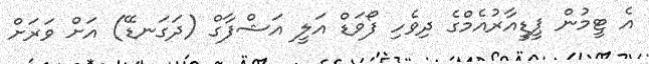
އެ ޓީމުން ޕީޑީއާރުއެމްގެ ދިވެހި ފޯވަޑް އަލީ އަޝްފާގް (ދަގަނޑޭ) އަށް ވަރަށް